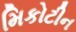
મિકોટીન